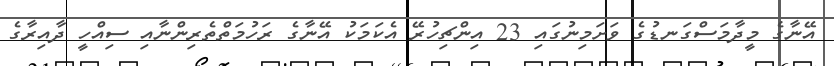
އޭނާގެ މީދާމަސްގަނޑުގެ ވަށަމިނުގައި 23 އިންޗިހުރޭ އެކަމަކު އޭނާގެ ރަހުމަތްތެރިންނާއި ސިއްހީ ދާއިރާގެ